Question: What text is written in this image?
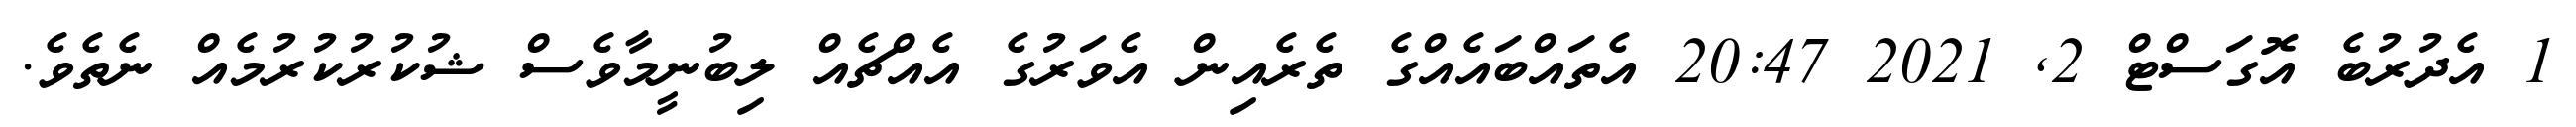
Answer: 1 އެދުރުބެ އޮގަސްޓް 2, 2021 20:47 އެތައްބައެއްގެ ތެރެއިން އެވަރުގެ އެއްޗެއް ލިބުނީމާވެސް ޝުކުރުކުރުމެއް ނެތެވެ.